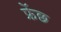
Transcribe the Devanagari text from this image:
फ्रेंछ